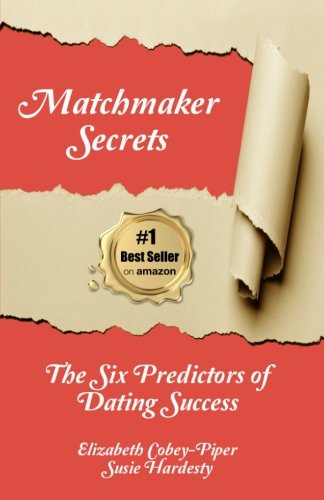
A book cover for Matchmaker Secrets: The Six Predictors of Dating Success; Elizabeth Cobey-Piper; Self-Help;